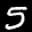
Label: 5